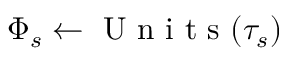
{ \Phi _ { s } } \gets \mathrm { ~ U ~ n ~ i ~ t ~ s ~ } ( { \tau _ { s } } )